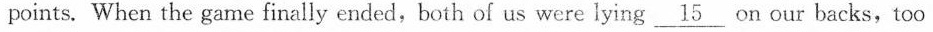
points. When the game finally ended,both of us were lying \underline{15} on our backs , too